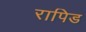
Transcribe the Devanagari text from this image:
रापिड